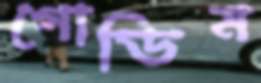
গোডিম